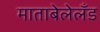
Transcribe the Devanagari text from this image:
माताबेलेलँड